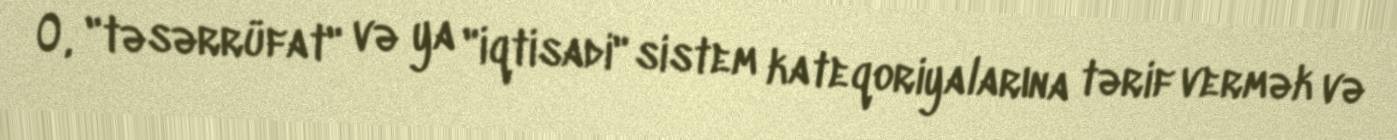
O, "təsərrüfat" və ya "iqtisadi" sistem kateqoriyalarına tərif vermək və